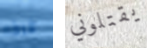
فرقا يقتلوني